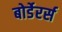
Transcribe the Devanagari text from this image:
बोर्डेरर्स